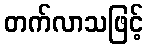
တက်လာသဖြင့်